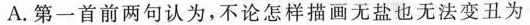
A.第一首前两句认为，不论怎样描画无盐也无法变丑为